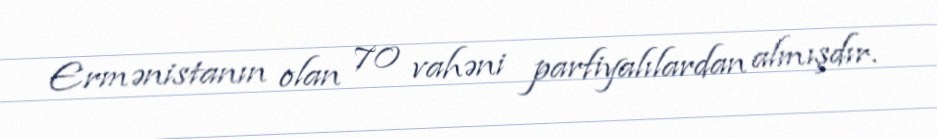
Ermənistanın olan 70 vahəni parfiyalılardan almışdır.